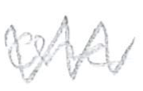
Text: one
Cross-out: zig-zag
Writing tool: pencil